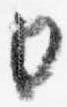
日